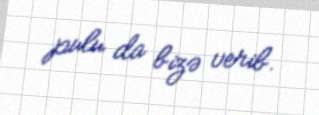
pulu da bizə verib.